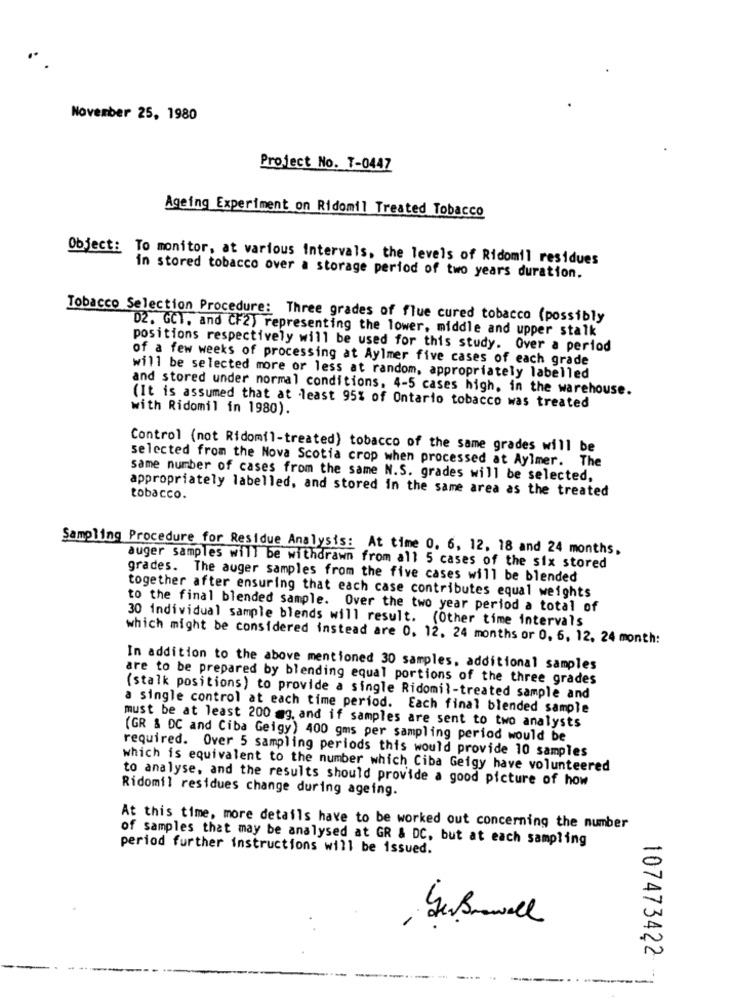
November 25, 1980
Project No. T-0447
Ageing Experiment on Ridomil Treated Tobacco
Object: To monitor, at various intervals, the levels of Ridomil residues
in stored tobacco over a storage period of two years duration.
Tobacco Selection Procedure: Three grades of flue cured tobacco (possibly
D2. GCT. and CF2) representing the lower, middle and upper stalk
positions respectively will be used for this study. Over a period
of a few weeks of processing at Aylmer five cases of each grade
will be selected more or less at random, appropriately labelled
and stored under normal conditions. 4-5 cases high, in the warehouse.
(It is assumed that at least 95% of Ontario tobacco was treated
with Ridomil in 1980).
Control (not Ridomil-treated) tobacco of the same grades will be
selected from the Nova Scotia crop when processed at Aylmer. The
same number of cases from the same N.S. grades will be selected,
appropriately labelled, and stored in the same area as the treated
tobacco.
Sampling Procedure for Residue Analysis: At time 0. 6, 12. 18 and 24 months.
auger samples will be withdrawn from all 5 cases of the six stored
grades. The auger samples from the five cases will be blended
together after ensuring that each case contributes equal weights
to the final blended sample. Over the two year period a total of
30 individual sample blends will result. (Other time intervals
which might be considered instead are 0. 12. 24 months or 0, 6, 12. 24 month:
In addition to the above mentioned 30 samples, additional samples
are to be prepared by blending equal portions of the three grades
(stalk positions) to provide a single Ridomil-treated sample and
a single control at each time period. Each final blended sample
must be at least 200 @g. and if samples are sent to two analysts
(GR & DC and Ciba Geigy) 400 gms per sampling period would be
required. Over 5 sampling periods this would provide 10 samples
which is equivalent to the number which Ciba Geigy have volunteered
to analyse, and the results should provide a good picture of how
Ridomil residues change during ageing.
At this time, more details have to be worked out concerning the number
of samples that may be analysed at GR & DC, but at each sampling
period further instructions will be issued.
107473422